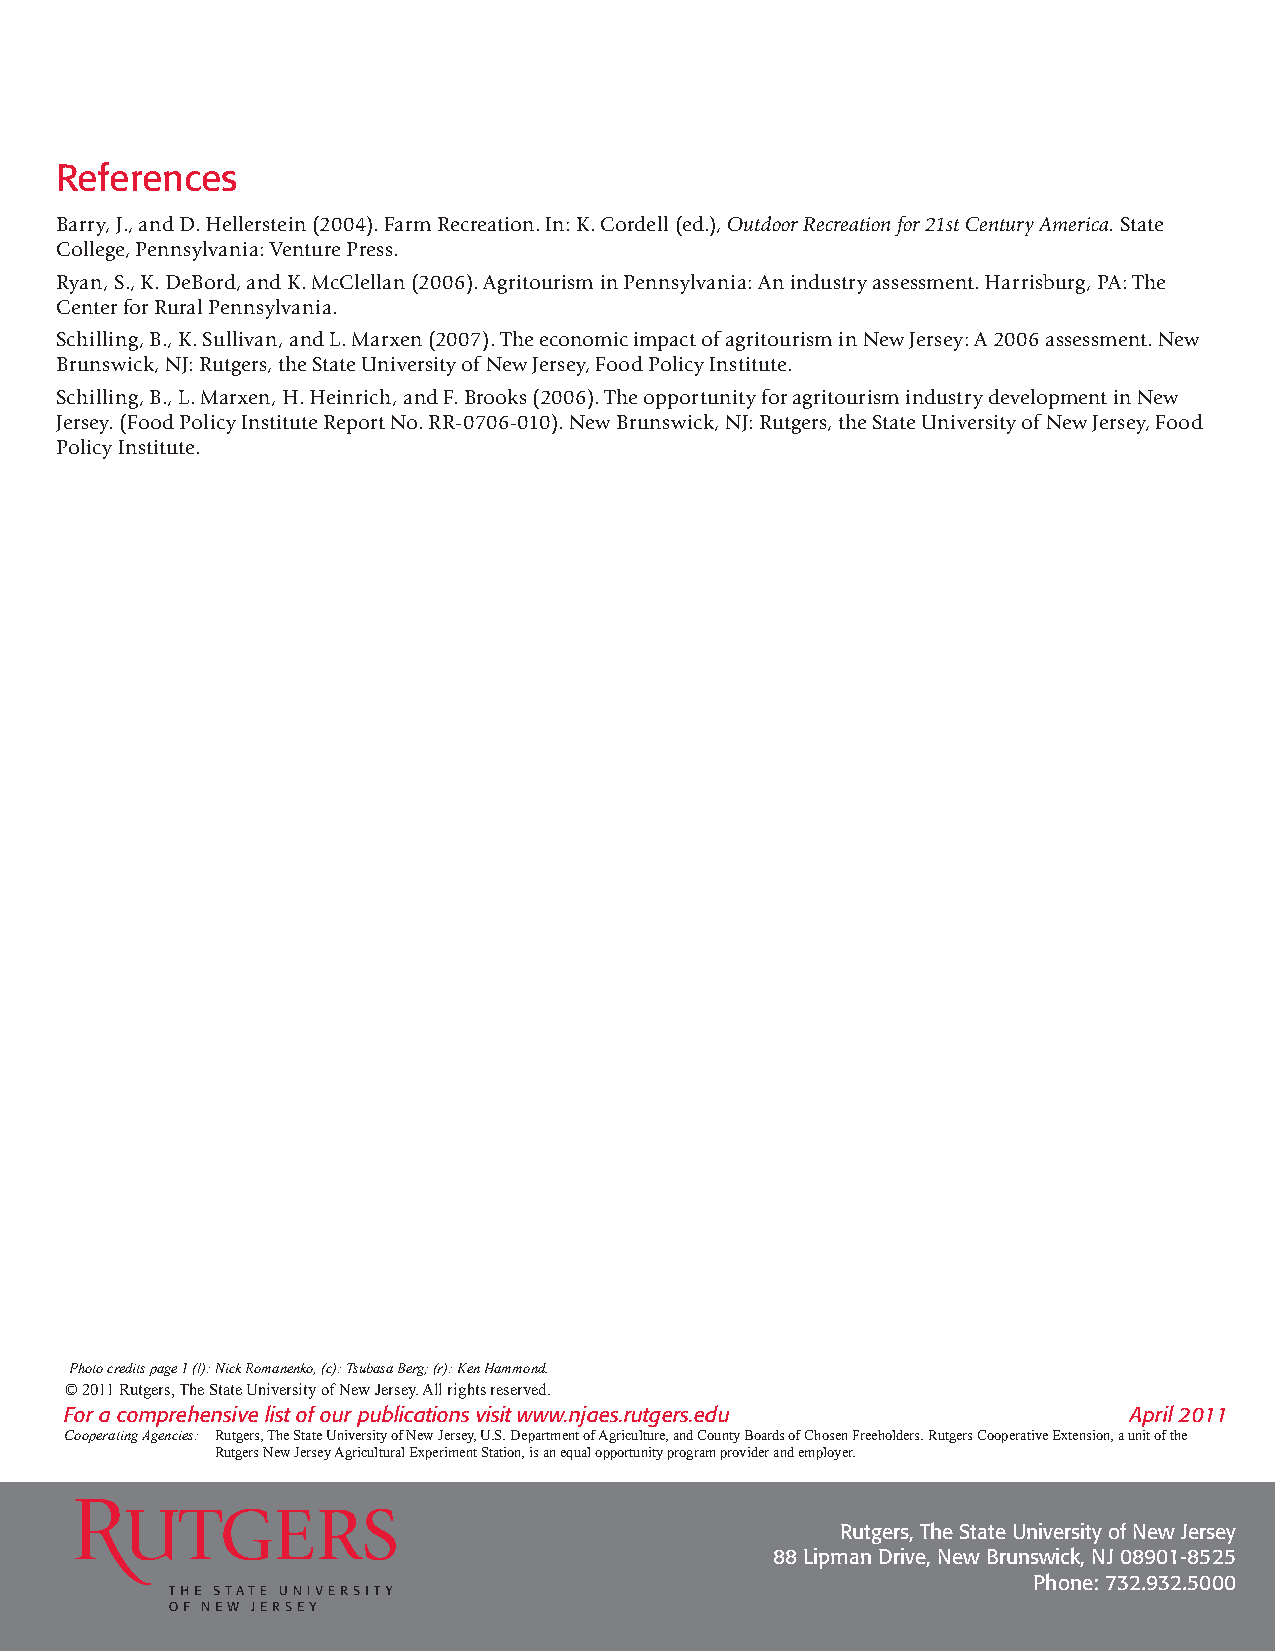
References
 Barry, J., and D. Hellerstein (2004). Farm Recreation. In: K. Cordell (ed.), Outdoor Recreation for 21st Century America. State
 College, Pennsylvania: Venture Press.
 Ryan, S., K. DeBord, and K. McClellan (2006). Agritourism in Pennsylvania: An industry assessment. Harrisburg, PA: The
 Center for Rural Pennsylvania.
 Schilling, B., K. Sullivan, and L. Marxen (2007). The economic impact of agritourism in New Jersey: A 2006 assessment. New
 Brunswick, NJ: Rutgers, the State University of New Jersey, Food Policy Institute.
 Schilling, B., L. Marxen, H. Heinrich, and F. Brooks (2006). The opportunity for agritourism industry development in New
 Jersey. (Food Policy Institute Report No. RR-0706-010). New Brunswick, NJ: Rutgers, the State University of New Jersey, Food
 Policy Institute.
 Photo credits page 1 (l): Nick Romanenko, (c): Tsubasa Berg; (r): Ken Hammond.
 © 2011 Rutgers, The State University of New Jersey. All rights reserved.
 For a comprehensive list of our publications visit www.njaes.rutgers.edu April 2011
 Cooperating Agencies: Rutgers, The State University of New Jersey, U.S. Department of Agriculture, and County Boards of Chosen Freeholders. Rutgers Cooperative Extension, a unit of the
 Rutgers New Jersey Agricultural Experiment Station, is an equal opportunity program provider and employer.
 Rutgers, The State University of New Jersey
 88 Lipman Drive, New Brunswick, NJ 08901-8525
 Phone: 732.932.5000